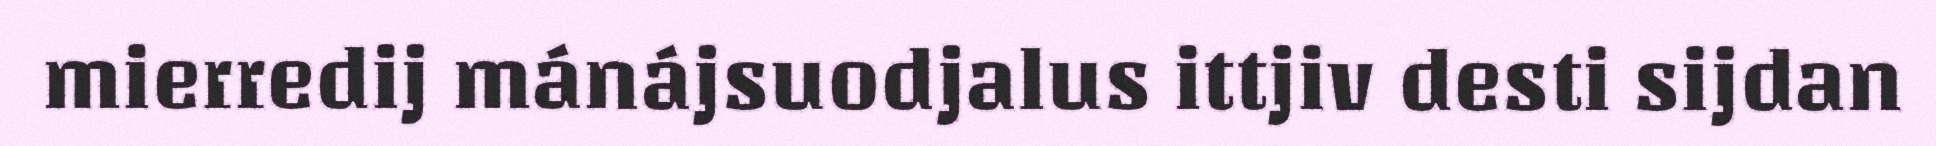
mierredij mánájsuodjalus ittjiv desti sijdan